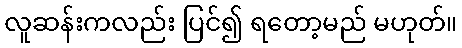
လူဆန်းကလည်း ပြင်၍ ရတော့မည် မဟုတ်။